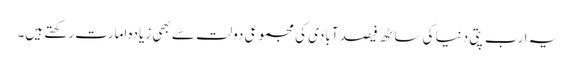
یہ ارب پتی دنیا کی ساٹھ فیصد آبادی کی مجموعی دولت سے بھی زیادہ امارت رکھتے ہیں۔